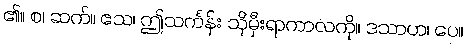
၏။ စ၊ ဆက်။ ဧသ၊ ဤသင်္ကန်း သိုမှီးရာကာလကို။ ဒသာဟ၊ ပေ။